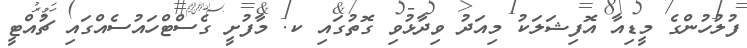
ފުލުހުންގެ މީޑިއާ އޮފިޝަލަކު މިއަދު ވިދާޅުވި ގޮތުގައި ކ. މާފުށީ ގެސްޓްހައުސެއްގައި ޗުއްޓީ